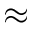
\approx